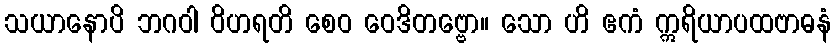
သယာနောပိ ဘဂဝါ ဝိဟရတိ စေဝ ဝေဒိတဗ္ဗော။ သော ဟိ ဧကံ ဣရိယာပထဗာဓနံ